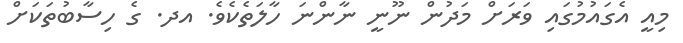
މިއީ އެގައުމުގައި ވަރަށް މަދުން ނޫނީ ނާންނަ ހާލަތެކެވެ. އދ. ގެ ހިސާބުތަކަށް